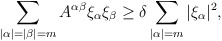
\begin{align*} \sum_{|\alpha|=|\beta|=m}A^{\alpha\beta} \xi_\alpha\xi_\beta\ge \delta \sum_{|\alpha|=m}|\xi_\alpha|^2,\end{align*}